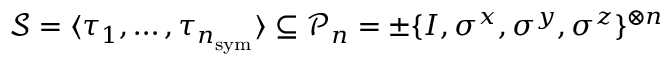
\mathcal { S } = \langle \tau _ { 1 } , \dots , \tau _ { n _ { \mathrm { s y m } } } \rangle \subseteq \mathcal { P } _ { n } = \pm \{ I , \sigma ^ { x } , \sigma ^ { y } , \sigma ^ { z } \} ^ { \otimes n }